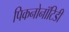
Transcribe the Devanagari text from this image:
पिकनोनॉटिडी